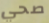
صحي